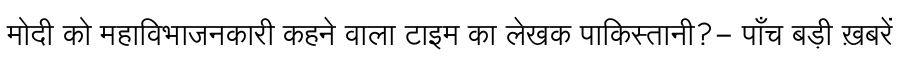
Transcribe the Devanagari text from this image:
मोदी को महाविभाजनकारी कहने वाला टाइम का लेखक पाकिस्तानी?- पाँच बड़ी ख़बरें